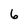
Character: 6